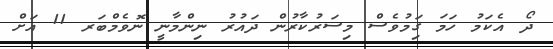
ދޯ އެކަމު ހަމަ ގަިމުވެސް މިސަރުކާރުން ދައުރު ނިންމާނީ ނޮވެމްބަރ 11 އަށް